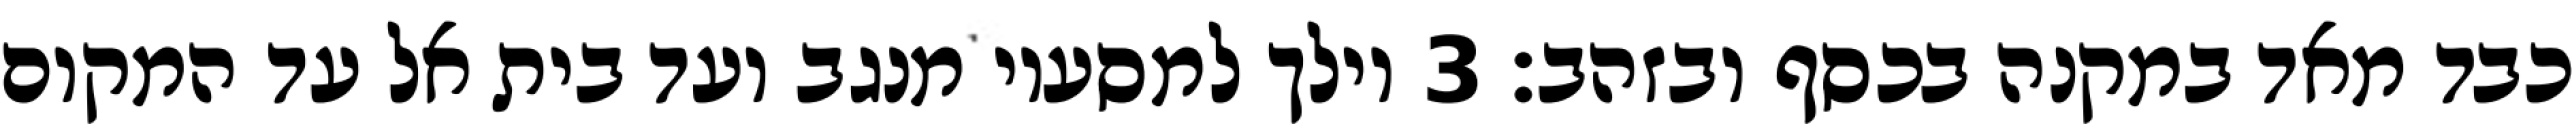
כבד מאד במקנה בכסף ובזהב׃ ‎3‏ וילך למסעיו מנגב ועד בית אל עד המקום